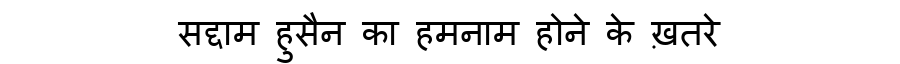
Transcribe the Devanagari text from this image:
सद्दाम हुसैन का हमनाम होने के ख़तरे